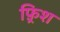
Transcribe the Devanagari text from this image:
फ़्रिश